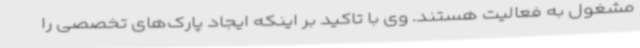
مشغول به فعالیت هستند. وی با تاکید بر اینکه ایجاد پارک‌های تخصصی را